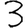
Digit: 3